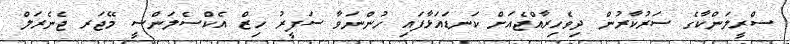
ސްރީލަންކާގެ ސަރުކާރުން ދިވެހިރާއްޖެއަށް ކަނޑައަޅާފައި ހުންނަވާ ސަފީރު ހިޒް އެކްސެލަންސީ މޭޖަރ ޖެނެރަލް